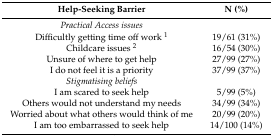
| Help-Seeking Barrier | N (%) |
 | --- | --- |
 | Practical Access issues |  |
 | Difficultly getting time off work 1 | 19/61 (31%) |
 | Childcare issues 2 | 16/54 (30%) |
 | Unsure of where to get help | 27/99 (27%) |
 | I do not feel it is a priority | 37/99 (37%) |
 | Stigmatising beliefs |  |
 | I am scared to seek help | 5/99 (5%) |
 | Others would not understand my needs | 34/99 (34%) |
 | Worried about what others would think of me | 20/99 (20%) |
 | I am too embarrassed to seek help | 14/100 (14%) |